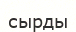
сырды